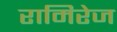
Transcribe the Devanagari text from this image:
रामिरेज